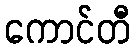
ကောင်တီ